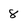
Character: 8